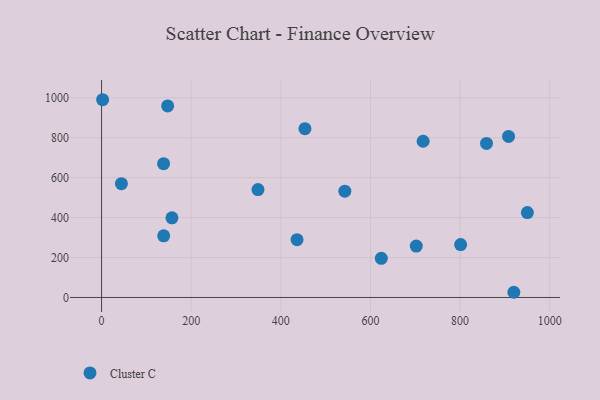
{"axis": {"x": "Ad Spend", "y": "Demand"}, "legend": ["Cluster C"], "data": [{"x": "349.0", "y": 540.1, "type": "Cluster C"}, {"x": "950.1", "y": 424.9, "type": "Cluster C"}, {"x": "801.2", "y": 264.8, "type": "Cluster C"}, {"x": "702.2", "y": 257.1, "type": "Cluster C"}, {"x": "2.4", "y": 989.9, "type": "Cluster C"}, {"x": "908.1", "y": 806.0, "type": "Cluster C"}, {"x": "919.9", "y": 26.0, "type": "Cluster C"}, {"x": "436.2", "y": 289.2, "type": "Cluster C"}, {"x": "542.8", "y": 532.3, "type": "Cluster C"}, {"x": "453.8", "y": 845.2, "type": "Cluster C"}, {"x": "44.3", "y": 569.4, "type": "Cluster C"}, {"x": "147.5", "y": 958.7, "type": "Cluster C"}, {"x": "624.2", "y": 196.1, "type": "Cluster C"}, {"x": "858.9", "y": 770.9, "type": "Cluster C"}, {"x": "138.4", "y": 669.9, "type": "Cluster C"}, {"x": "138.7", "y": 308.7, "type": "Cluster C"}, {"x": "717.5", "y": 782.1, "type": "Cluster C"}, {"x": "157.1", "y": 398.5, "type": "Cluster C"}]}